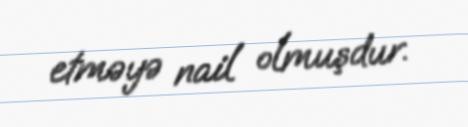
etməyə nail olmuşdur.